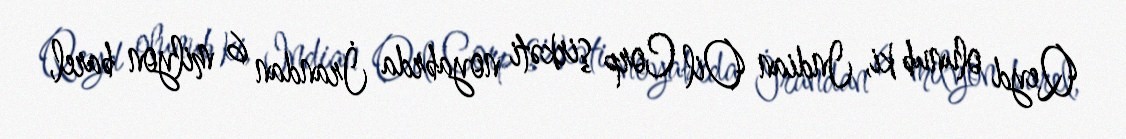
Qeyd olunub ki, Indian Oil Corp şirkəti noyabrda İrandan 6 milyon barel,